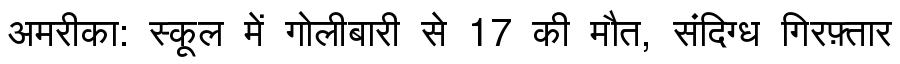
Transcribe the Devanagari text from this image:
अमरीका: स्कूल में गोलीबारी से 17 की मौत, संदिग्ध गिरफ़्तार